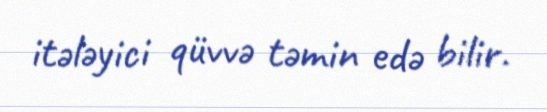
itələyici qüvvə təmin edə bilir.